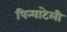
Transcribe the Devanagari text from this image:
पिन्याटेली